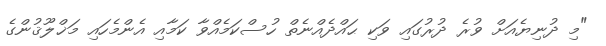
"މި ދުނިޔެއަށް ވުރެ ދުރުގައި ވަކި ޙައްދެއްނެތް ހުސްކަމެއްވާ ކަމާއި އެންމެހައި މަޚްލޫޤުންގެ